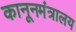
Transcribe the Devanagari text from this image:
कानूनमंत्रालय